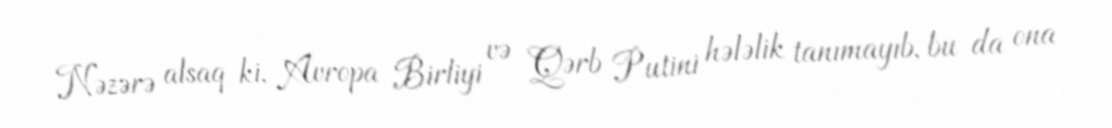
Nəzərə alsaq ki, Avropa Birliyi və Qərb Putini hələlik tanımayıb, bu da ona